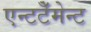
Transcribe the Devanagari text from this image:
एन्टटेँमेन्ट